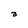
Character: 3